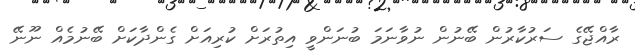
ރާއްޖޭގެ ސަރުކާރުން ބޭނުން ނުވާނަމަ ބުނަންވީ އިތުރަށް ކުރިއަށް ގެންދާކަށް ބޭނުމެއް ނޫނޭ